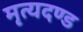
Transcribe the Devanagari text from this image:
मृत्यदण्ड